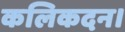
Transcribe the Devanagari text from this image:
कलिकदन।